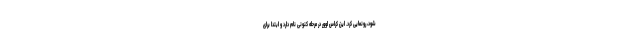
شود، رونمایی کرد. این کراس اوور در مرحله کنونی نام دارد و ابتدا برای